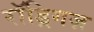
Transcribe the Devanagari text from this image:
रॉड्रिगज़